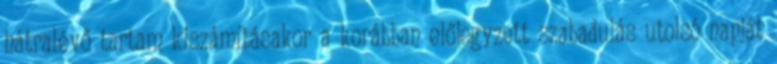
hátralévő tartam kiszámításakor a korábban előjegyzett szabadulás utolsó napját